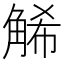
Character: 𧣩